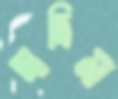
দাদিমা